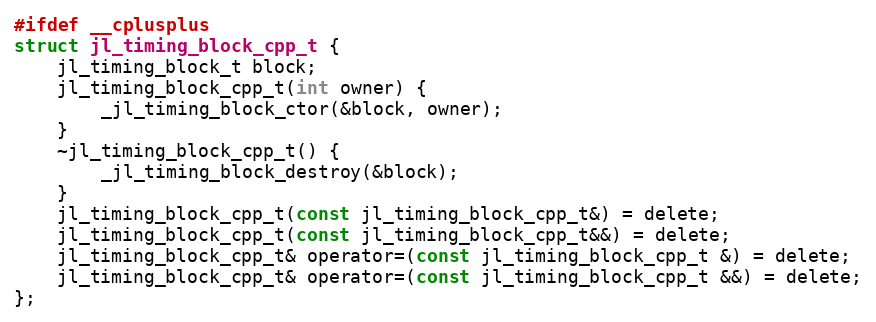
Language: C
#ifdef __cplusplus
struct jl_timing_block_cpp_t {
    jl_timing_block_t block;
    jl_timing_block_cpp_t(int owner) {
        _jl_timing_block_ctor(&block, owner);
    }
    ~jl_timing_block_cpp_t() {
        _jl_timing_block_destroy(&block);
    }
    jl_timing_block_cpp_t(const jl_timing_block_cpp_t&) = delete;
    jl_timing_block_cpp_t(const jl_timing_block_cpp_t&&) = delete;
    jl_timing_block_cpp_t& operator=(const jl_timing_block_cpp_t &) = delete;
    jl_timing_block_cpp_t& operator=(const jl_timing_block_cpp_t &&) = delete;
};